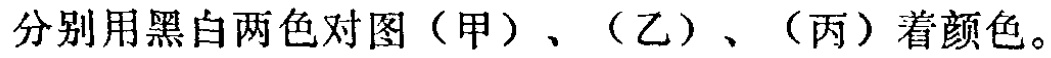
分别用黑白两色对图（甲）、（乙）、（丙）着颜色。